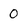
Character: 0